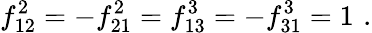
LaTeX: f_{12}^{2}=-f_{21}^{2}=f_{13}^{3}=-f_{31}^{3}=1\, \, .